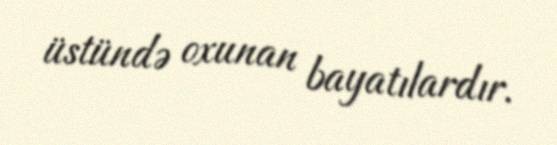
üstündə oxunan bayatılardır.